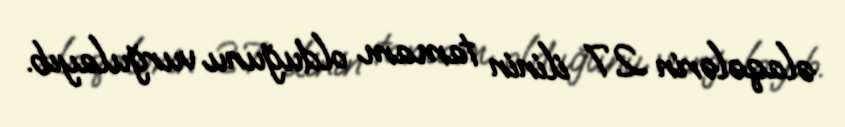
əlaqələrin 27 ilinin tamam olduğunu vurğulayıb.